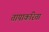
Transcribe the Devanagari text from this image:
तापाकरिता